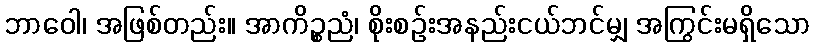
ဘာဝေါ၊ အဖြစ်တည်း။ အာကိဉ္စညံ၊ စိုးစဉ်းအနည်းငယ်ဘင်မျှ အကြွင်းမရှိသော